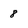
Character: 8